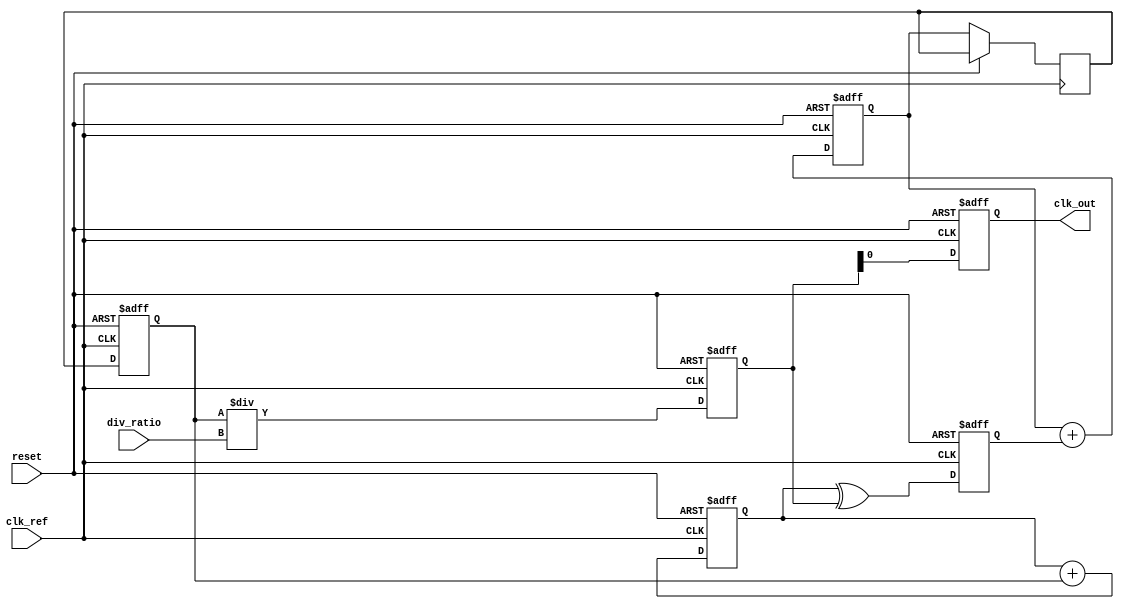
module fractional_PLL (
    input wire clk_ref,          // Reference clock input
    input wire reset,            // Reset signal
    input wire [7:0] div_ratio,  // Division ratio from memory blocks
    output reg clk_out           // Output clock signal
);

    // Parameters
    parameter N = 8;             // Width of the phase accumulator
    parameter M = 4;             // Memory block size for fractional division

    // Internal signals
    reg [N-1:0] phase_acc;       // Phase accumulator
    reg [N-1:0] vco_output;      // VCO output frequency
    reg [N-1:0] feedback;        // Feedback signal
    reg [N-1:0] error_signal;    // Error signal from Phase Detector
    reg [N-1:0] control_voltage;  // Control voltage for VCO
    reg [N-1:0] loop_filter_out;  // Output of the Loop Filter
    wire clk_vco;                // VCO clock signal

    // Phase Detector: Simple XOR for phase comparison
    always @(posedge clk_ref or posedge reset) begin
        if (reset) begin
            error_signal <= 0;
        end else begin
            error_signal <= (phase_acc ^ feedback); // Phase comparison
        end
    end

    // Loop Filter: Simple first-order filter
    always @(posedge clk_ref or posedge reset) begin
        if (reset) begin
            loop_filter_out <= 0;
        end else begin
            loop_filter_out <= loop_filter_out + error_signal; // Integrate error
        end
    end

    // Voltage-Controlled Oscillator (VCO): Simple linear model
    always @(posedge clk_ref or posedge reset) begin
        if (reset) begin
            vco_output <= 0;
        end else begin
            control_voltage <= loop_filter_out; // Control voltage from loop filter
            vco_output <= control_voltage; // Update VCO output
        end
    end

    // Frequency Divider: Adjusts output frequency based on division ratio
    always @(posedge clk_ref or posedge reset) begin
        if (reset) begin
            feedback <= 0;
        end else begin
            feedback <= vco_output / div_ratio; // Divide VCO output
        end
    end

    // Output Buffer: Generates the final output clock signal
    always @(posedge clk_ref or posedge reset) begin
        if (reset) begin
            clk_out <= 0;
        end else begin
            clk_out <= feedback; // Output clock signal
        end
    end

    // Phase Accumulator: Increment phase based on VCO output
    always @(posedge clk_ref or posedge reset) begin
        if (reset) begin
            phase_acc <= 0;
        end else begin
            phase_acc <= phase_acc + vco_output; // Increment phase
        end
    end

endmodule